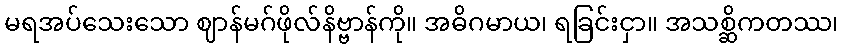
မရအပ်သေးသော ဈာန်မဂ်ဖိုလ်နိဗ္ဗာန်ကို။ အဓိဂမာယ၊ ရခြင်းငှာ။ အသစ္ဆိကတဿ၊